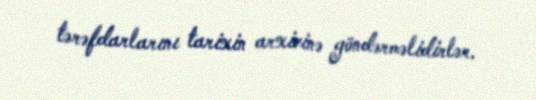
tərəfdarlarını tarixin arxivinə göndərməlidirlər.